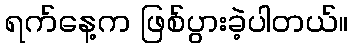
ရက်နေ့က ဖြစ်ပွားခဲ့ပါတယ်။